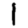
Digit: 1